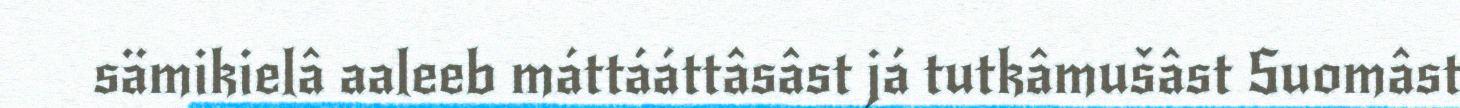
sämikielâ aaleeb máttááttâsâst já tutkâmušâst Suomâst